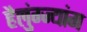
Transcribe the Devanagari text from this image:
हैलुंग्ज्यांग